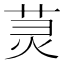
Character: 𫟑